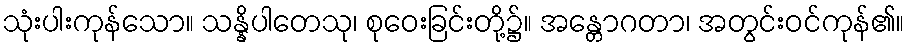
သုံးပါးကုန်သော။ သန္နိပါတေသု၊ စုဝေးခြင်းတို့၌။ အန္တောဂတာ၊ အတွင်းဝင်ကုန်၏။